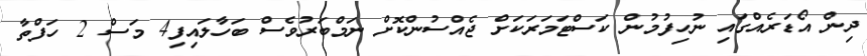
ދިން އޯޑަރެއްގައި ނުހިފުމުން ކަސްޓަމަރަކަށް ޖެއްސުންކޮށް ނަމްބަރުވެސް ބަހާލައިފި4 މަސް 2 ހަފްތާ